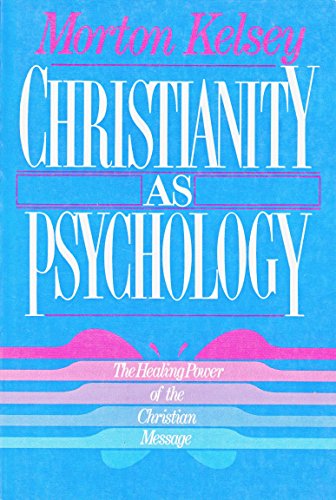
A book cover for Christianity As Psychology: The Healing Power of the Christian Message; Morton Kelsey; Religion & Spirituality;